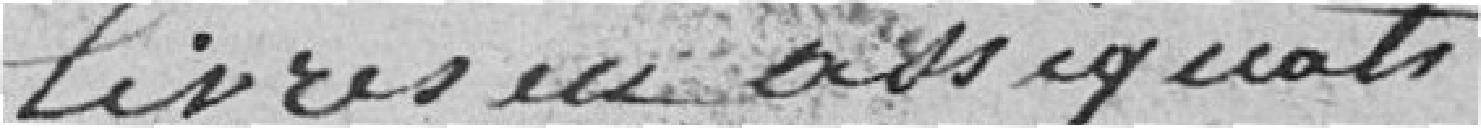
livres en assignats;